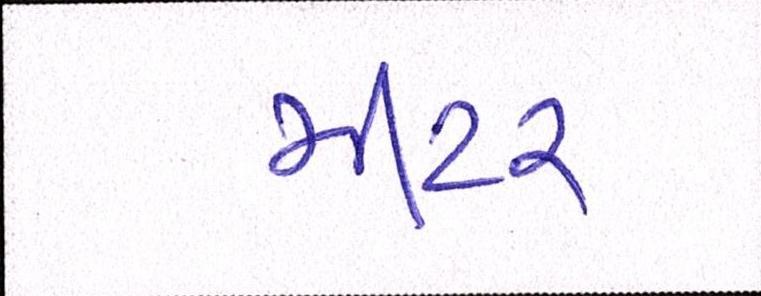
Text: મીટર